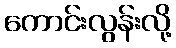
ကောင်းလွန်းလို့